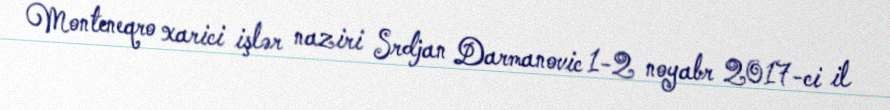
Monteneqro xarici işlər naziri Srdjan Darmanovic 1-2 noyabr 2017-ci il